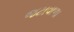
જટાવાળા